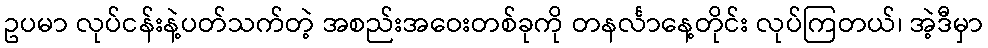
ဥပမာ လုပ်ငန်းနဲ့ပတ်သက်တဲ့ အစည်းအဝေးတစ်ခုကို တနင်္လာနေ့တိုင်း လုပ်ကြတယ်၊ အဲ့ဒီမှာ